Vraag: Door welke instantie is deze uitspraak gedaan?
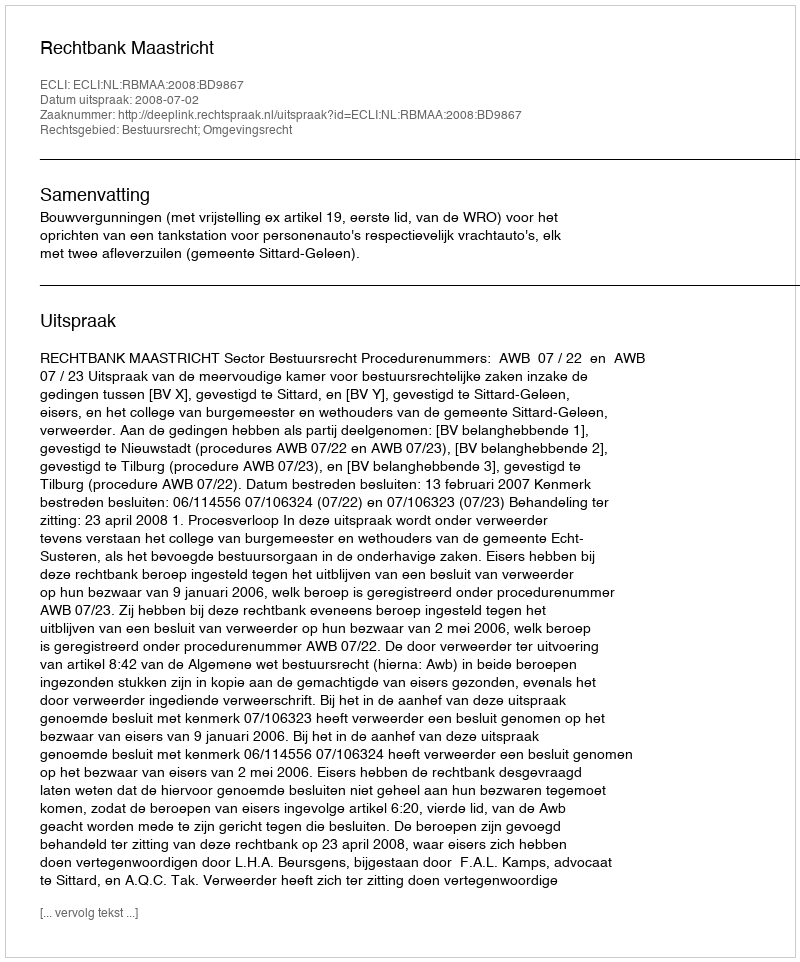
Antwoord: Rechtbank Maastricht